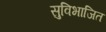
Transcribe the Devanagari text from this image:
सुविभाजित